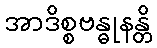
အာဒိစ္စဗန္ဓုနန္တိ